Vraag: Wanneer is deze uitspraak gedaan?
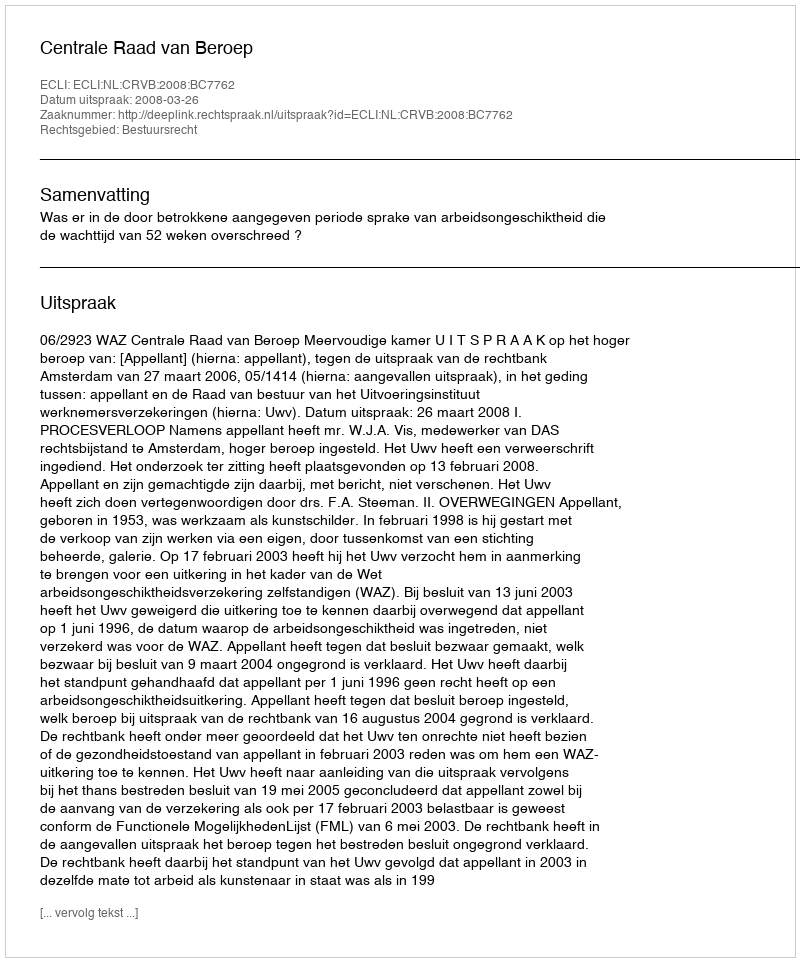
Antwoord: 2008-03-26